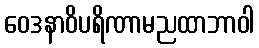
ဝေဒနာဝိပရိဏာမညထာဘာဝါ